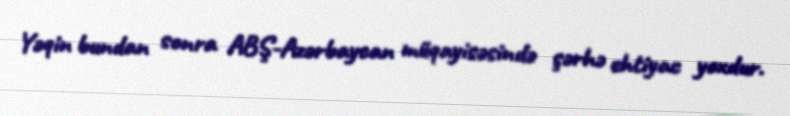
Yəqin bundan sonra ABŞ-Azərbaycan müqayisəsində şərhə ehtiyac yoxdur.